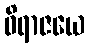
ဝိရာဇယေ